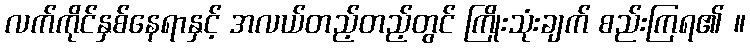
လက်ကိုင်နှစ်နေရာနှင့် အလယ်တည့်တည့်တွင် ကြိုးသုံးချက် စည်းကြရ၏ ။